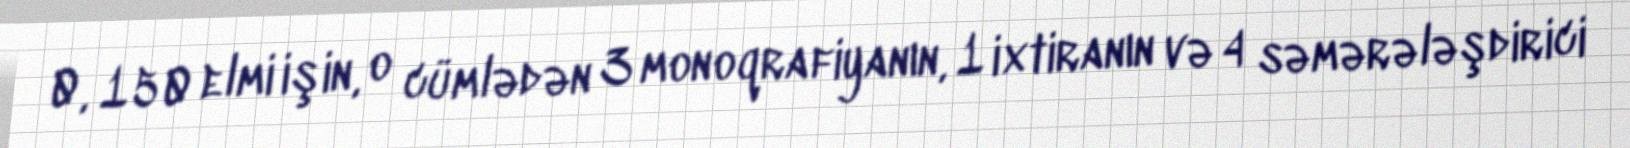
0, 150 elmi işin, o cümlədən 3 monoqrafiyanın, 1 ixtiranın və 4 səmərələşdirici